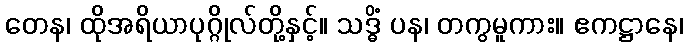
တေန၊ ထိုအရိယာပုဂ္ဂိုလ်တို့နှင့်။ သဒ္ဓိံ ပန၊ တကွမူကား။ ဧကဋ္ဌာနေ၊